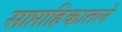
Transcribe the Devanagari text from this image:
साप्ताहिकातले